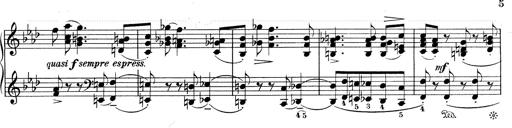
Title: Weinen, Klagen, Sorgen, Zagen
Composer: Franz Liszt